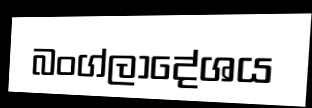
බංග්ලාදේශය